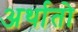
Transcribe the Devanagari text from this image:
अर्थातो